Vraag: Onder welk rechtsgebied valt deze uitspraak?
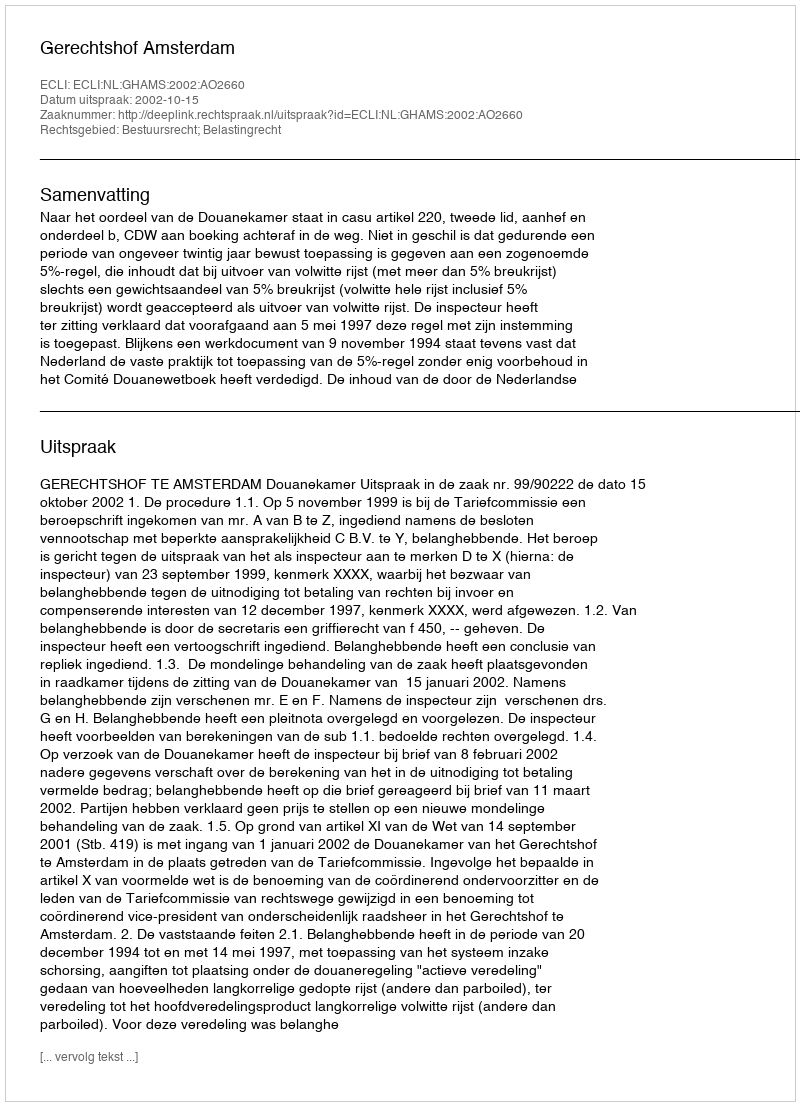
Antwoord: Bestuursrecht; Belastingrecht